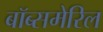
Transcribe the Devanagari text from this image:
बॉब्समेरिल